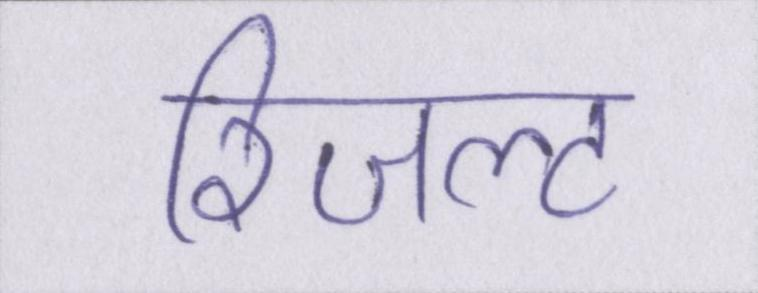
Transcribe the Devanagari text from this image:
रिजल्ट